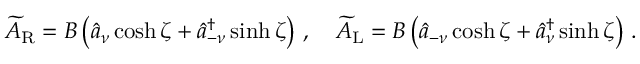
\widetilde { A } _ { \mathrm { R } } = { \cal B } \left( \widehat { a } _ { \nu } \cosh \zeta + \widehat { a } _ { - \nu } ^ { \dagger } \sinh \zeta \right) \, , \quad \widetilde { A } _ { \mathrm { L } } = { \cal B } \left( \widehat { a } _ { - \nu } \cosh \zeta + \widehat { a } _ { \nu } ^ { \dagger } \sinh \zeta \right) \, .